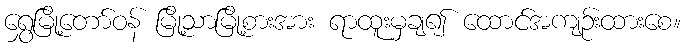
ရွှေမြို့တော်ဝန် မြို့သာမြို့စားအား ရာထူးမှချ၍ ထောင်အကျဉ်းထားစေ။